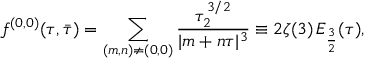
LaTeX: { f ^ { ( 0 , 0 ) } ( \tau , \bar { \tau } ) = \sum _ { ( m , n ) \ne ( 0 , 0 ) } { \frac { \tau _ { 2 } ^ { 3 / 2 } } { | m + n \tau | ^ { 3 } } } \equiv 2 \zeta ( 3 ) \, E _ { \frac { 3 } { 2 } } ( \tau ) , }